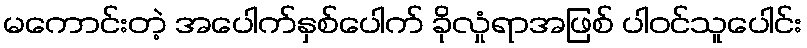
မကောင်းတဲ့ အပေါက်နှစ်ပေါက် ခိုလှုံရာအဖြစ် ပါဝင်သူပေါင်း